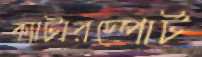
ক্যাটারস্পোর্ট